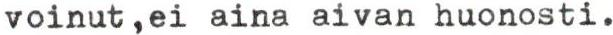
voinut,ei aina aivan huonosti.